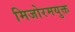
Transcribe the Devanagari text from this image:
मिजोरमयुक्त